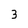
Character: 3